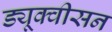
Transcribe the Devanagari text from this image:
ड्यूक्वीसन